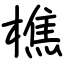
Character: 樵